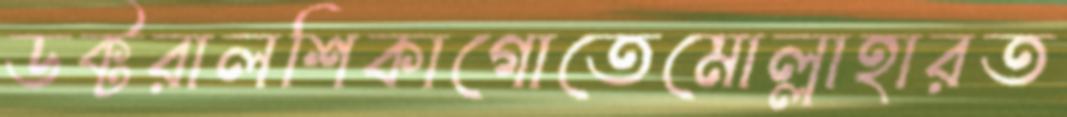
ডক্টরালশিকাগোতেমোল্লাহারত